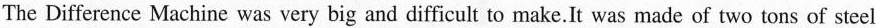
The Difference Machine was very big and difficult to make.It was made of two tons of steel